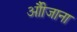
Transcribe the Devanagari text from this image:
औीजाना